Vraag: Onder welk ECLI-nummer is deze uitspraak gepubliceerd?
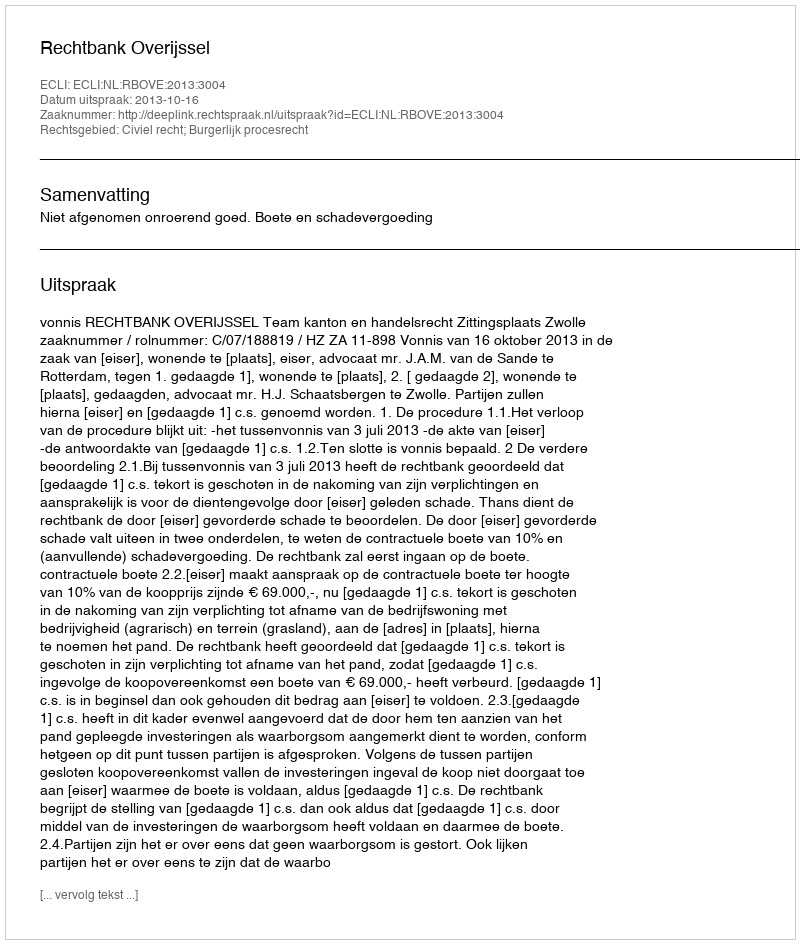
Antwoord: ECLI:NL:RBOVE:2013:3004